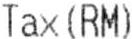
TAX(RM)